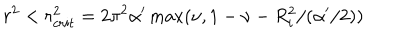
LaTeX: r ^ { 2 } < r _ { c r i t } ^ { 2 } = 2 \pi ^ { 2 } \alpha ^ { \prime } \max ( \nu , 1 - \nu - R _ { i } ^ { 2 } / ( \alpha ^ { \prime } / 2 ) )